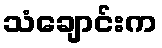
သံချောင်းက